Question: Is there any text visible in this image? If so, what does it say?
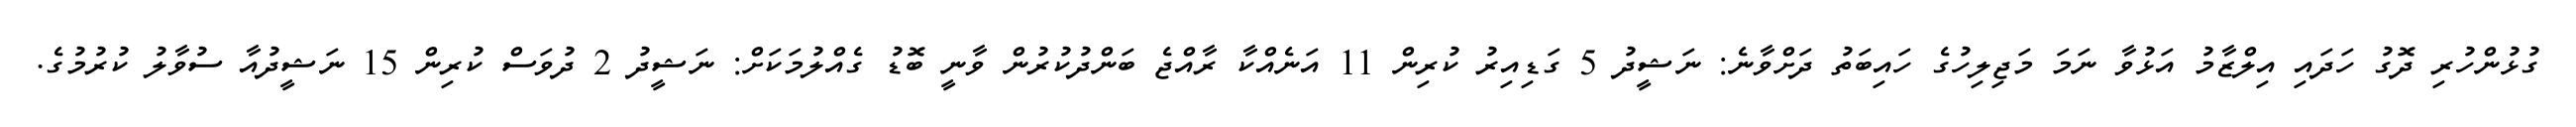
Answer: ގުޅުންހުރި ދޮގު ހަދައި އިލްޒާމު އަޅުވާ ނަމަ މަޖިލިހުގެ ހައިބަތު ދަށްވާނެ: ނަޝީދު 5 ގަޑިއިރު ކުރިން 11 އަނެއްކާ ރާއްޖެ ބަންދުކުރުން ވާނީ ބޮޑު ގެއްލުމަކަށް: ނަޝީދު 2 ދުވަސް ކުރިން 15 ނަޝީދުއާ ސުވާލު ކުރުމުގެ.